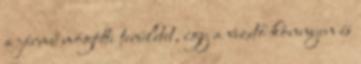
a jármű mögötti területet, így a vezető könnyen és